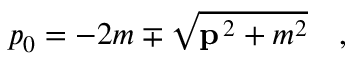
p _ { 0 } = - 2 m \mp \sqrt { { \bf p } ^ { \, 2 } + m ^ { 2 } } \quad ,